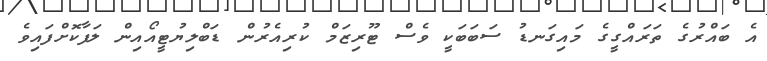
އެ ބައްރުގެ ތަރައްގީގެ މައިގަނޑު ސަބަބަކީ ވެސް ޓޫރިޒަމް ކުރިއެރުން ޑަބްލިޔުޓީއޯއިން ލަފާކޮށްފައިވެ